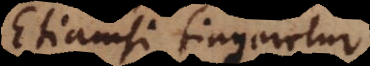
Etiamsi fingeretur